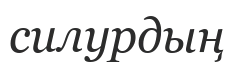
силурдың